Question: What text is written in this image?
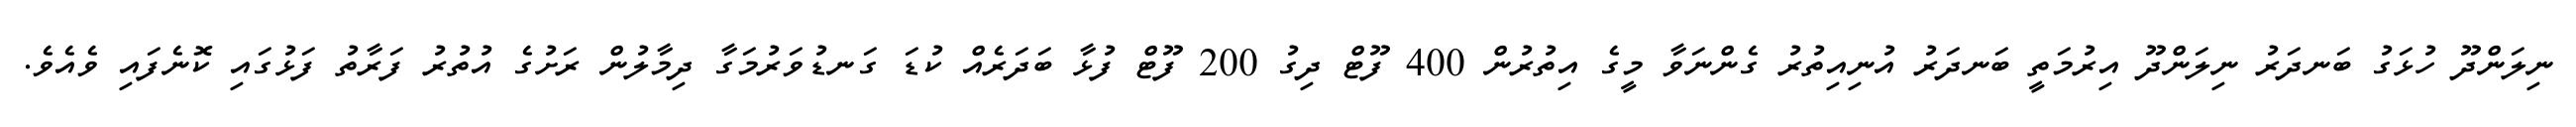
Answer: ނިލަންދޫ ހުޅަގު ބަނދަރު ނިލަންދޫ އިރުމަތީ ބަނދަރު އުނިއިތުރު ގެންނަވާ މީގެ އިތުރުން 400 ފޫޓް ދިގު 200 ފޫޓް ފުޅާ ބަދަރެއް ކުޑަ ގަނޑުވަރުމަގާ ދިމާލުން ރަށުގެ އުތުރު ފަރާތު ފަޅުގައި ކޮނެފައި ވެއެވެ.